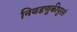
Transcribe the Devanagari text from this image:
निवडणुकीपुरतं